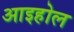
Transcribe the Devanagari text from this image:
आइहोल